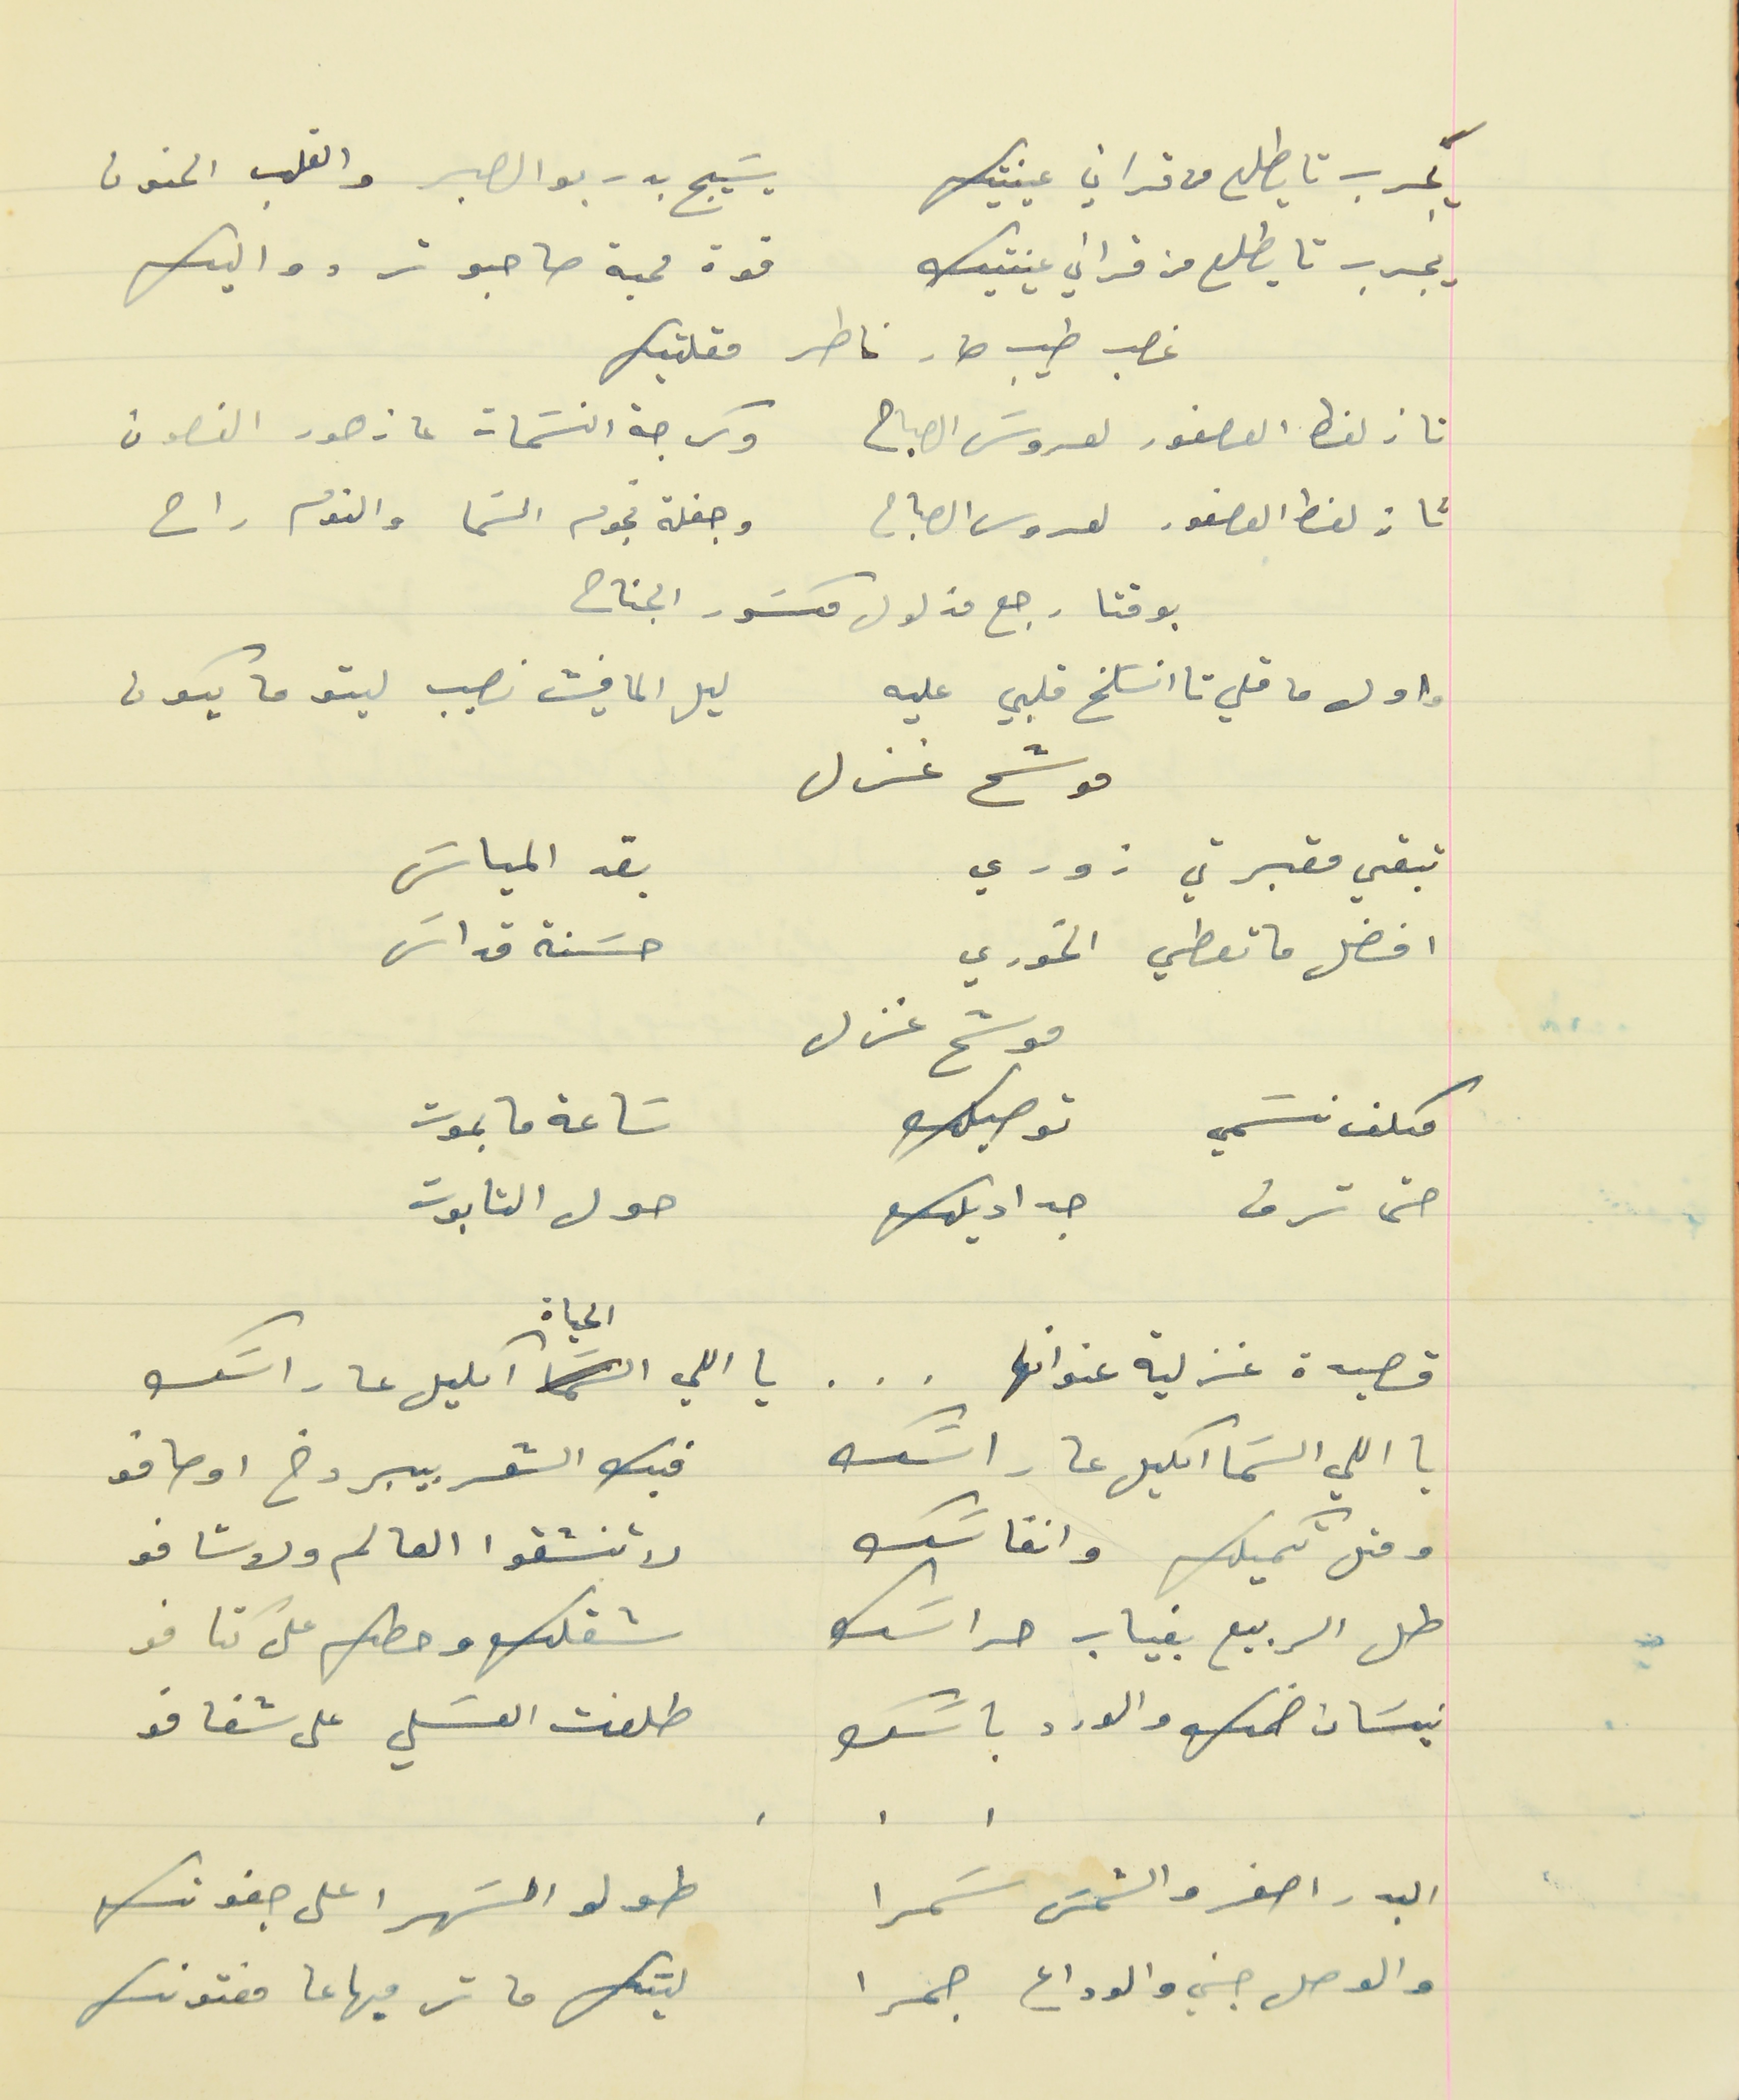
يجرب تا يطلع من قراني عينتيك                                    يسَيج بدربو الصبر والقلب الحنون
يجرب تايطلع من قراني عينتيك                                       قوة محبة صاحبو تردو اليك
غصب طيب صار ناطر مقلتيك
تا زلغط العصفور لعروسَ الصباح                                  وكرجة النسَمات عا زهور الغصون
تا زلغظ العصفور لعروسَ الصباح                                  وجفلة نجوم السَما والنوم راح
بوقتا رجع مذلول مكسَور الجناح
واول ما قلي تا انسَلخ قلبي عليه                                  ليل الما فيش نصيب ليتو ما يكون
موشح غزل
تبقي مقبرتي زوري                                             بقد المياسَ
افضل ما تعطي الخوري                                       حسَنة قداسَ
موشح غزل
مكلف نسَمي توصيلك                                  سَاعة ما بموت
حتى ترف جداديلك                                  حول التابوت
قصيدة غزلية عنوانها  .  .  .  يا اللي الحياة اكليل عا راسَك
يا اللي السَما اكليل عا راسَك                            فيك الشعر بيبردخ اوصافو
ومتل تكميلك وانفاسَك                                     لا تنشقوا العالم ولاشافو
طل الربيع بغياب حراسَك                                  شقلك وحطك على كتافو
نيسَان ضمك والورد باسَك                                 طلعت العسَلي على شفافو
البدر اصفر والشمسَ سَمرا                                  طولو السَهرا على جفونك
والوصل جني والوداع جمرا                                  ليتك ما ترميها عا مفتونك
           .    .    .